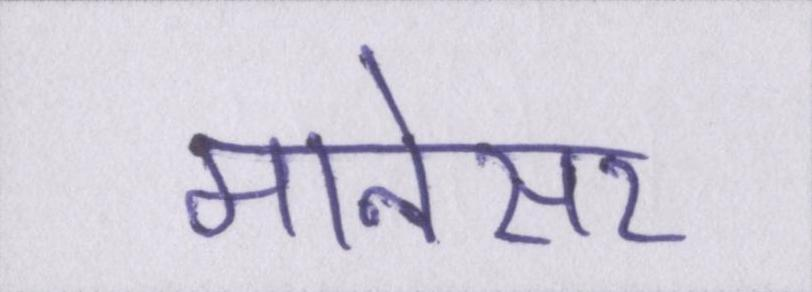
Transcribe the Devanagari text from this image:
मानेसर